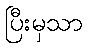
ပြီးမှသာ